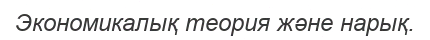
Экономикалық теория және нарық.